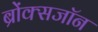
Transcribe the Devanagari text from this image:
ब्रोंक्सजॉन